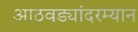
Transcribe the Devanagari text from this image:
आठवड्यांदरम्यान